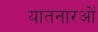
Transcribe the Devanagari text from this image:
यातनारओं